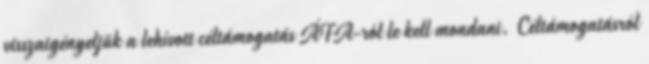
visszaigényeljük a lehívott céltámogatás ÁFA-ról le kell mondani. Céltámogatásról